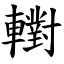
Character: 轛